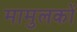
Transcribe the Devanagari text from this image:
मामुलकों